system: You are a helpful assistant.
user:
Analyze the provided spectrum to determine if it is a **White Dwarf (WD)**.

A White Dwarf spectrum is defined by its **extreme purity** (due to gravitational settling) and/or **extreme pressure broadening** (due to high surface gravity). You must check for one of the following mutually exclusive signatures:

- **Key Visual Indicators (Check for ONE of these types):**

    - **1. DA-Type Signature (Most Common):**
        - **(Primary Feature):** Extreme pressure broadening (Stark broadening) of the **Hydrogen (H) Balmer lines**.
        - **(Key Lines):** $H\beta$ (approx. $4861$ Å) and $H\gamma$ (approx. $4340$ Å). $H\alpha$ (approx. $6563$ Å) will also be present if the wavelength range covers it.
        - **(Line Profile):** This is the **defining feature**. The lines are **NOT** sharp. They appear as massive, **extremely broad and deep "troughs" or "dips"** in the spectrum, often hundreds of Ångströms wide. The continuum will appear to "scoop" down at these wavelengths.
        - **(Distinction):** Normal A-type or B-type stars have *narrow* and *sharp* Hydrogen lines. A DA White Dwarf's lines are unmistakably "smeared" or "blurry" from pressure.

    - **2. DB-Type Signature:**
        - **(Primary Feature):** Broad absorption lines from **Neutral Helium (He I)**. The spectrum must lack any visible Hydrogen lines.
        - **(Key Lines):** Look for broad absorption near $4471$ Å, $4921$ Å, and $5876$ Å.
        - **(Line Profile):** These lines are also significantly pressure-broadened, appearing much wider than they would in a normal B-type main-sequence star.

    - **3. DC-Type Signature:**
        - **(Primary Feature):** A **featureless continuous spectrum**.
        - **(Line Profile):** The spectrum is a smooth curve with **no significant absorption or emission lines**.
        - **(Key Confirmation):** The continuum is almost always **blue or white**, indicating a hot object. This signature implies the atmosphere is so pure (or so cool) that no spectral lines are visible in the optical range. Its WD identity is confirmed by its extremely low intrinsic brightness (high absolute magnitude).

    - **4. DZ-Type Signature (Metal-Polluted):**
        - **(Primary Feature):** **Isolated, narrow metal absorption lines** on an otherwise featureless (DC-like) continuum.
        - **(Key Lines):** The **Calcium (Ca II) H & K doublet** (approx. **$3934$ Å** and **$3968$ Å**) is the most common and defining feature.
        - **(Line Profile):** These lines are "out of place." They are *not* part of a "forest" of thousands of lines. This signature is evidence of recent *accretion* (pollution) from rocky debris.
        - **(Distinction):** Normal G/K/M stars have a *dense forest* of thousands of metal lines. A DZ has a *clean* continuum with *only a few* strong metal lines.

    - **5. DQ-Type Signature (Carbon-Polluted):**
        - **(Primary Feature):** Absorption bands from **Carbon (C₂ "Swan Bands" or atomic C I)**.
        - **(Key Lines - C₂):** Look for bandheads with a "saw-tooth" shape near $5635$ Å, **$5165$ Å** (strongest), and $4737$ Å.
        - **(Key Confirmation):** The underlying **continuum must be blue or white** (hot).
        - **(Distinction):** This is the critical difference from a **Carbon Star**, which has the *exact same* C₂ bands but on an extremely **red, cool** continuum.

- **(Overall Spectrum):**
    - The continuum (overall shape) is typically **blue-sloping** (brighter in the blue than the red), as most white dwarfs are very hot.
    - The spectrum will look "pure" or "simple," dominated by only *one* of the five signatures listed above.

Think first, call **spectral_visualization_tool** if needed to examine features in detail, then provide your final answer. Your response must adhere to the following strict rules:
1.  **Overall Structure:** Your response must follow the format `<think>...</think> <tool_call>...</tool_call> (if a tool is used) <answer>...</answer>`.
2.  **Tool Usage Constraint:** You may only make **one** tool call per turn.
3.  **Final Answer Format:** In the `<answer>` tag, your conclusion must be inside a `\boxed{}` command (e.g., `\boxed{YES}` or `\boxed{NO}`), followed by your justification.

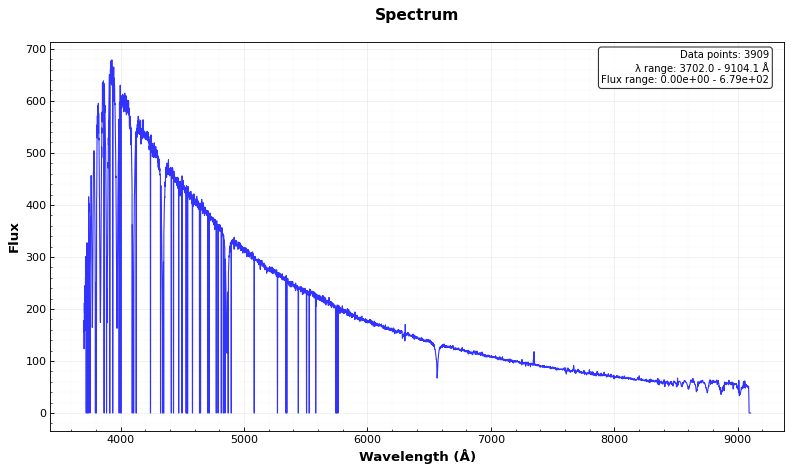
Answer: YES